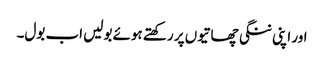
اور اپنی ننگی چھاتیوں پر رکھتے ہوئے بولیں اب بول۔